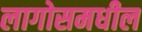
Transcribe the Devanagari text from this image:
लागोसमधील